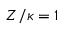
Z / \kappa = 1